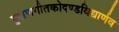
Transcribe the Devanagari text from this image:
पुराणगीतकोदण्डविद्यार्णव